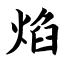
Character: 焰